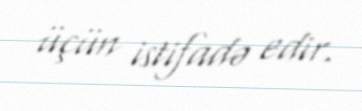
üçün istifadə edir.